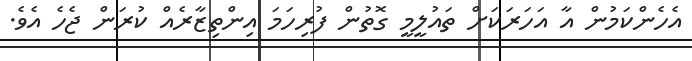
އެހެންކަމުން އާ އަހަރަކަށް ތައުލީމީ ގޮތުން ފުރިހަމަ އިންތިޒާރެއް ކުރަން ޖެހެ އެވެ.